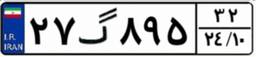
۲۷گ۸۹۵۳۲